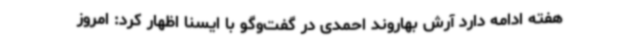
هفته ادامه دارد آرش بهاروند احمدی در گفت‌وگو با ایسنا اظهار کرد: امروز